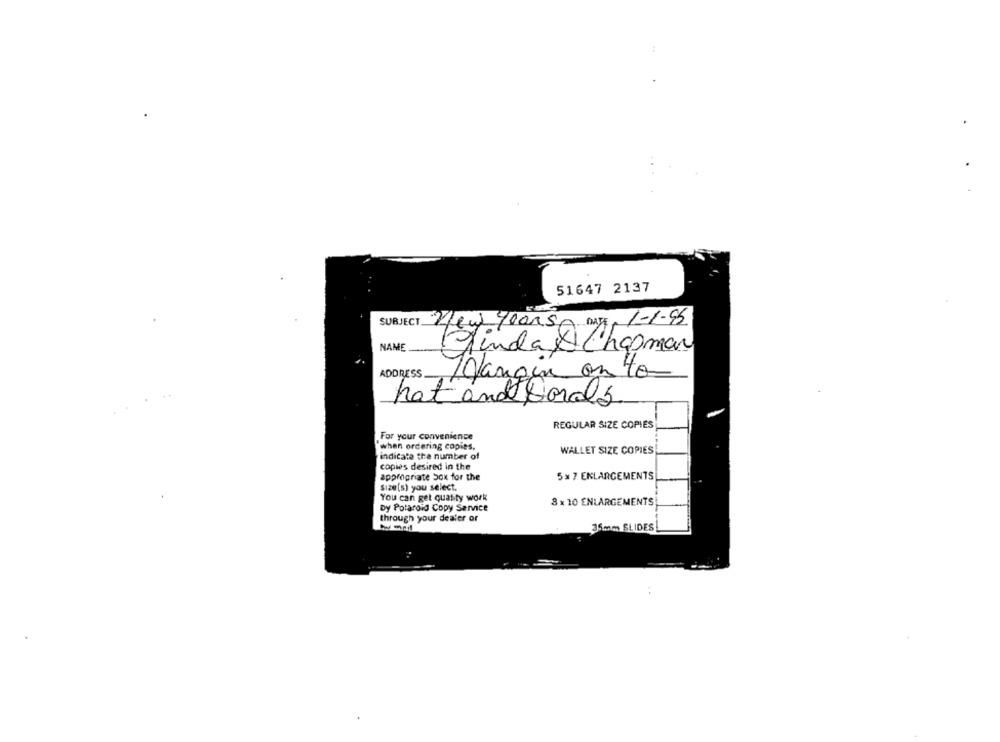
51647 2137
SUBJECT
yfew Years my
1-1-95
NAME
Ainda Chapman
ADDRESS
Margin onto
hat and bords
REGULAR SIZE COPIES
For your convenience
"when ordering copies,
WALLET SIZE COPIES
indicate the number of
copies desired in the
appropriate Sox for the
5 x 7 ENLARGEMENTS
Size (s) you select.
You can get quasity work
8 x 10 ENLARGEMENTS
Dy Polaroid Copy Service
through your dealer or
35mm SLIDES!